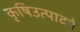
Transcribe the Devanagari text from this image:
कृषिउत्पादने